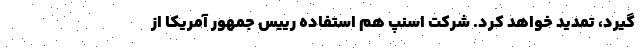
‌گیرد، تمدید خواهد کرد. شرکت اسنپ هم استفاده رییس جمهور آمریکا از